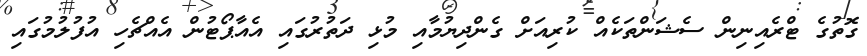
ގޮތުގެ ޓްރެއިނިން ސެޝަންތަކެއް ކުރިއަށް ގެންދިޔުމާއި މުޅި ދަތުރުގައި އެއާޕޯޓުން އެއްޗެހި އުފުލުމުގައި